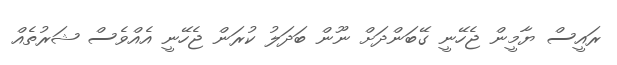
ރައީސް ޔާމީން ޖެހޭނީ ގޭބަންދަށް ނޫން ބަދަލު ކުރަން ޖެހޭނީ އެއްވެސް ޝަރުތެއް